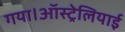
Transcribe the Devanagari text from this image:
गया।ऑस्ट्रेलियाई